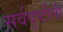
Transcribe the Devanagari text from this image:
सर्वदृष्टीनी